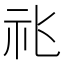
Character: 𥘍